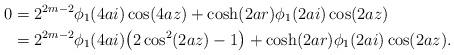
LaTeX: \begin{align*}0 & = 2^{2m-2} \phi_1(4ai) \cos(4az) + \cosh(2ar)\phi_1(2ai) \cos(2az) \\& = 2^{2m-2} \phi_1(4ai) \big(2 \cos^2(2az)-1\big) + \cosh(2ar)\phi_1(2ai) \cos(2az).\end{align*}